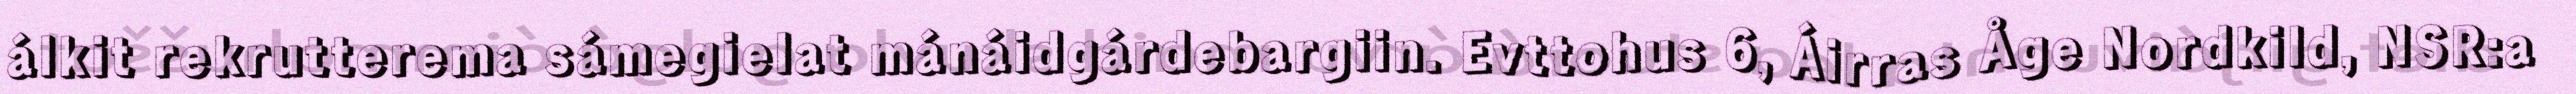
álkit rekrutterema sámegielat mánáidgárdebargiin. Evttohus 6, Áirras Åge Nordkild, NSR:a